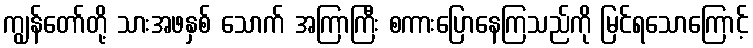
ကျွန်တော်တို့ သားအဖနှစ် သောက် အကြာကြီး စကားပြောနေကြသည်ကို မြင်ရသောကြောင့်